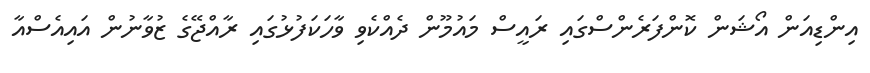
އިންޑިއަން އޯޝަން ކޮންފަރެންސްގައި ރައީސް މައުމޫން ދެއްކެވި ވާހަކަފުޅުގައި ރާއްޖޭގެ ޒުވާނުން އައިއެސްއާ